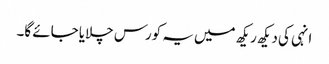
انہی کی دیکھ ریکھ میں یہ کورس چلایا جائے گا۔